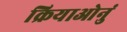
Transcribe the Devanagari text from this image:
क्रियाओनुं